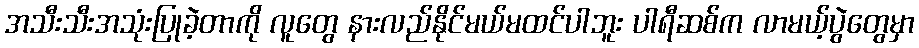
အသီးသီးအသုံးပြုခဲ့တာကို လူတွေ နားလည်နိုင်မယ်မထင်ပါဘူး ပါရီဆစ်က လာမယ့်ပွဲတွေမှာ